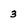
Character: 3